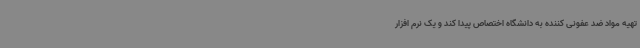
تهیه مواد ضد عفونی کننده به دانشگاه اختصاص پیدا کند و یک نرم افزار